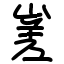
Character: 嵳